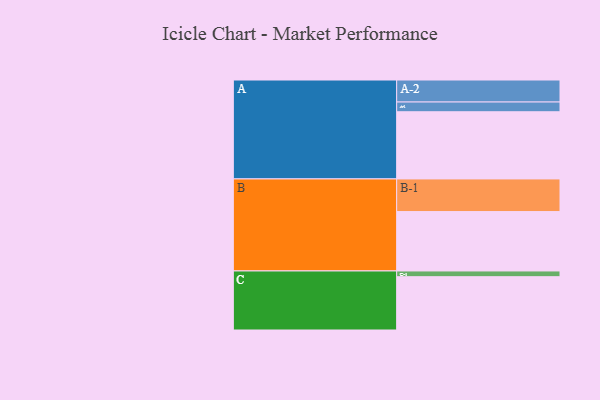
{"axis": {"x": "Segment", "y": "Value"}, "legend": ["", "A", "B", "C"], "data": [{"x": "A", "y": 586, "type": ""}, {"x": "B", "y": 518, "type": ""}, {"x": "C", "y": 465, "type": ""}, {"x": "A-1", "y": 85, "type": "A"}, {"x": "A-2", "y": 192, "type": "A"}, {"x": "B-1", "y": 285, "type": "B"}, {"x": "C-1", "y": 50, "type": "C"}]}